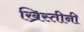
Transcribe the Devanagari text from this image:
ख्रिस्तीनी